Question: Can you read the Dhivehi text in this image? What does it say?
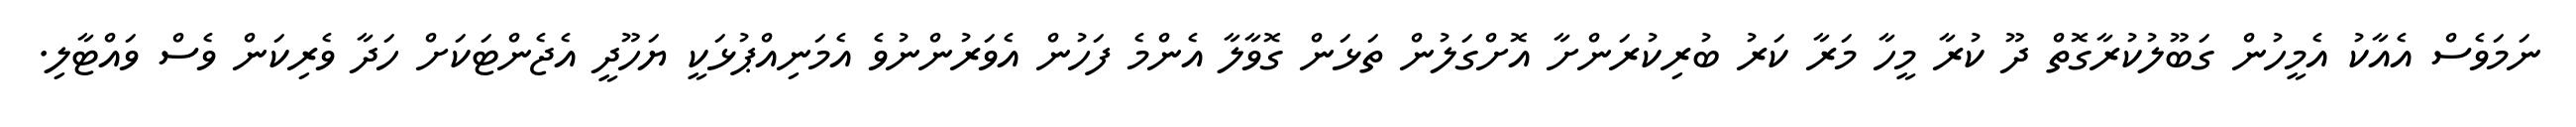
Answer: ނަމަވެސް އެއާކު އެމީހުން ގަބޫލުކުރާގޮތް ދޫ ކުރާ މީހާ މަރާ ކަރު ބުރިކުރަންށާ އޮށްގަލުން ތަޅަން ގޮވާލާ އެންމެ ފަހުން އެވަރުންނުވެ އެމަނިއްޕުޅަކީ ޔަހޫދީ އެޖެންޓަކަށް ހަދާ ވެރިކަން ވެސް ވައްޓާލި.